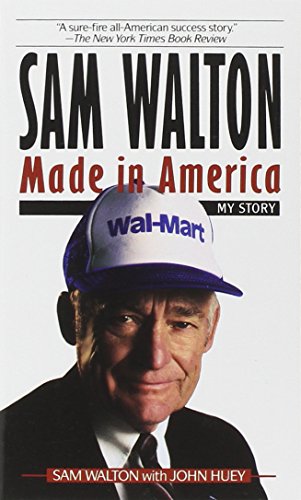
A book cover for Sam Walton: Made In America; Sam Walton; Business & Money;